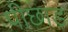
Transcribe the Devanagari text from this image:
पीछाड़